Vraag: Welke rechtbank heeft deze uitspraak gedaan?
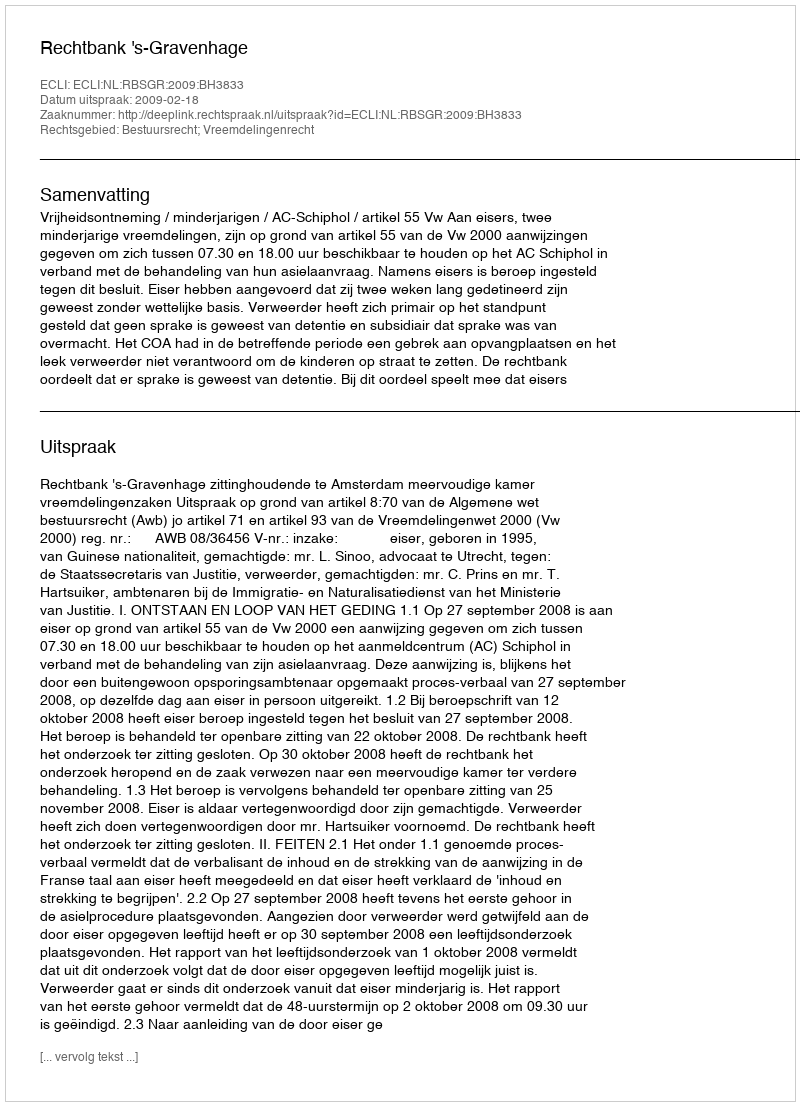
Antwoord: Rechtbank 's-Gravenhage